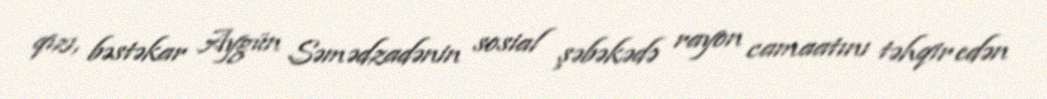
qızı, bəstəkar Aygün Səmədzadənin sosial şəbəkədə rayon camaatını təhqir edən